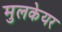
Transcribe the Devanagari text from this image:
मुलकेयर